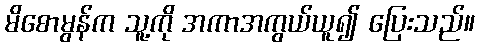
မိစောမွန်က သူ့ကို အကာအကွယ်ယူ၍ ပြေးသည်။